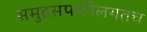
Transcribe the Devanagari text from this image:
समुद्रसपाटीलगतच